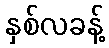
နှစ်လခန့်